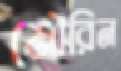
মৌরিন